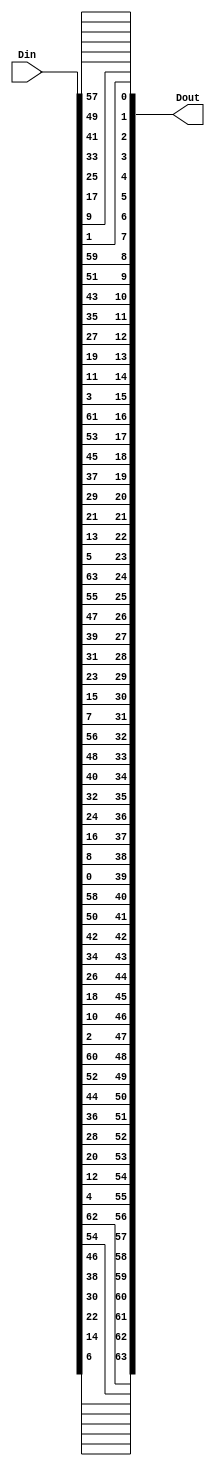
module IP(
    input [63:0] Din,
    output [63:0] Dout
    );

assign Dout = {Din[6], Din[14], Din[22], Din[30], Din[38], Din[46], Din[54], Din[62], Din[4], Din[12], Din[20], Din[28], Din[36], Din[44], Din[52], Din[60], Din[2], Din[10], Din[18], Din[26], Din[34], Din[42], Din[50], Din[58], Din[0], Din[8], Din[16], Din[24], Din[32], Din[40], Din[48], Din[56], Din[7], Din[15], Din[23], Din[31], Din[39], Din[47], Din[55], Din[63], Din[5], Din[13], Din[21], Din[29], Din[37], Din[45], Din[53], Din[61], Din[3], Din[11], Din[19], Din[27], Din[35], Din[43], Din[51], Din[59], Din[1], Din[9], Din[17], Din[25], Din[33], Din[41], Din[49], Din[57]};

endmodule